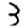
Digit: 3